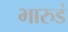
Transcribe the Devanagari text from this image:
भारुडं